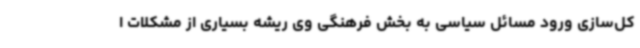
کل‌سازی ورود مسائل سیاسی به بخش فرهنگی وی ریشه بسیاری از مشکلات ا